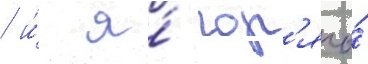
/ и́ я́ гор'ячо́